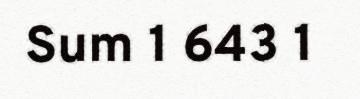
Sum 1 643 1